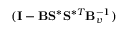
( \mathbf { I } - \mathbf { B } \mathbf { S } ^ { \ast } \mathbf { S } ^ { \ast T } \mathbf { B } _ { v } ^ { - 1 } )